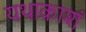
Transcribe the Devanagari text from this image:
यथाकाशं